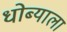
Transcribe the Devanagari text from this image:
धोब्याला